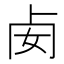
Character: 𠧜